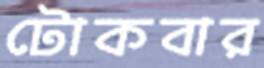
টোকবার